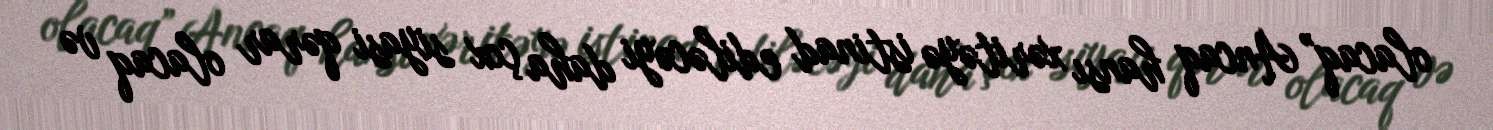
olacaq” Ancaq hansı xəritəyə istinad ediləcəyi daha çox siyasi qərar olacaq və